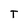
Character: T